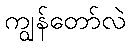
ကျွန်တော်လဲ